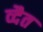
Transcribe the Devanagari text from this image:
व्दैत